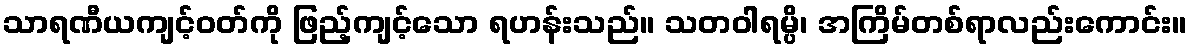
သာရဏီယကျင့်ဝတ်ကို ဖြည့်ကျင့်သော ရဟန်းသည်။ သတဝါရမ္ပိ၊ အကြိမ်တစ်ရာလည်းကောင်း။